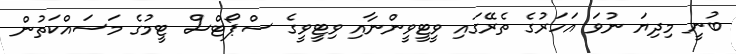
ބުނީ މިދިޔަ ނުވަ އަހަރުގެ ތެރޭގައި ވީޓީވީންނާއި ވިޓީވީގެ ސްޕޯޓްސް ޓީމުގެ މަސައްކަތުން